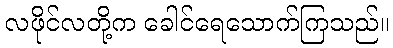
လဖိုင်လတို့က ခေါင်ရေသောက်ကြသည်။